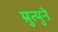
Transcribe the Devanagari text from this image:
म्रुत्युने